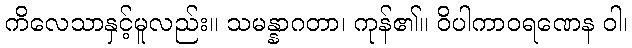
ကိလေသာနှင့်မူလည်း။ သမန္နာဂတာ၊ ကုန်၏။ ဝိပါကာဝရဏေန ဝါ၊